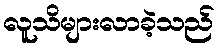
လူသိများလာခဲ့သည်